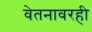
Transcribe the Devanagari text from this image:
वेतनावरही